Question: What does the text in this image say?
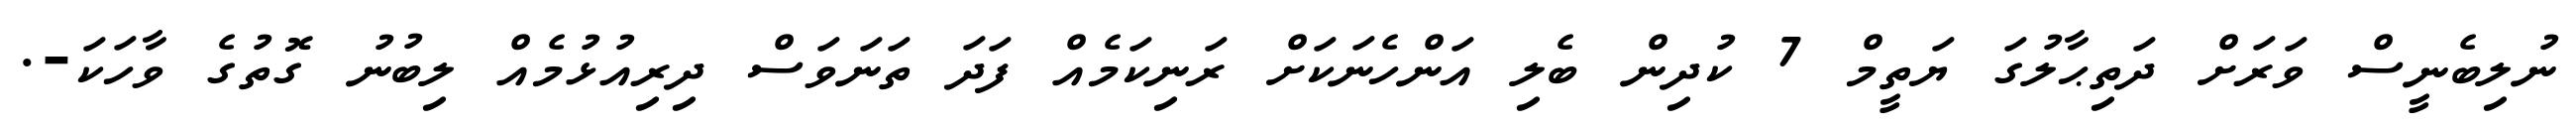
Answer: ނުލިބެނީސް ވަރަށް ދަތިޙާލުގަ ޔަތީމް 7 ކުދިން ބެލި އަންހެނަކަށް ރަނިކަމެއް ފަދަ ތަނަވަސް ދިރިއުޅުމެއް ލިބުނު ގޮތުގެ ވާހަކަ-.